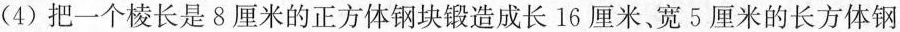
(4)把一个棱长是8厘米的正方体钢块锻造成长16厘米、宽5厘米的长方体钢